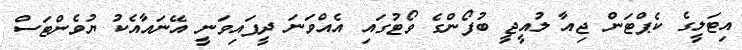
އިޓަލީގެ ކެޕްޓަން ޖިއާ ލުއީޖީ ބުފޯންގެ ވޯޓުގައި އެއްވަނަ ދީފައިވަނީ އޭނައާއެކު ޔުވެންޓަސް